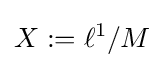
X:=\ell ^{1}/M